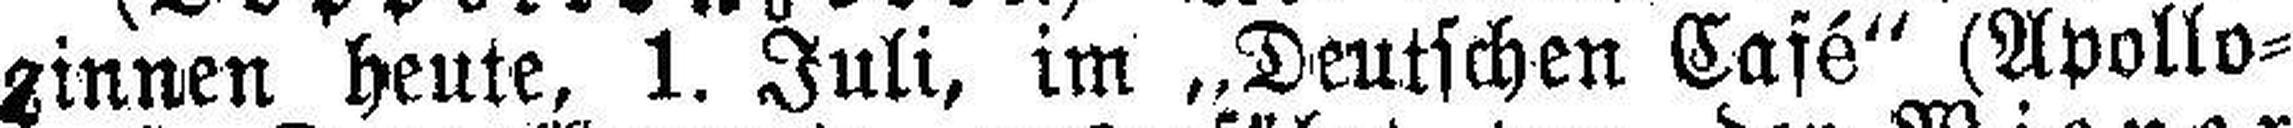
ginnen heute, 1. Juli, im „Deutschen Café“ (Apollo¬